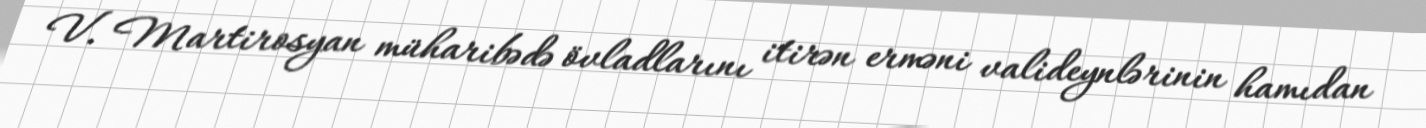
V. Martirosyan müharibədə övladlarını itirən erməni valideynlərinin hamıdan